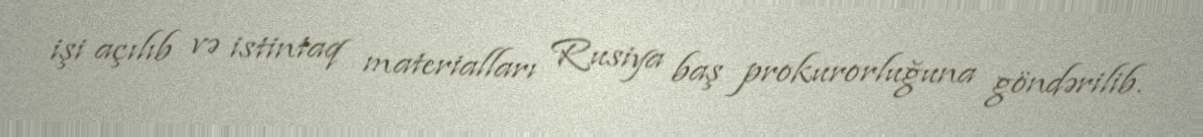
işi açılıb və istintaq materialları Rusiya baş prokurorluğuna göndərilib.